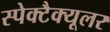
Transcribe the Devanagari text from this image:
स्पेक्टैक्यूलर